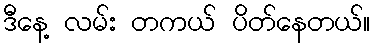
ဒီနေ့ လမ်း တကယ် ပိတ်နေတယ်။